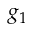
g _ { 1 }